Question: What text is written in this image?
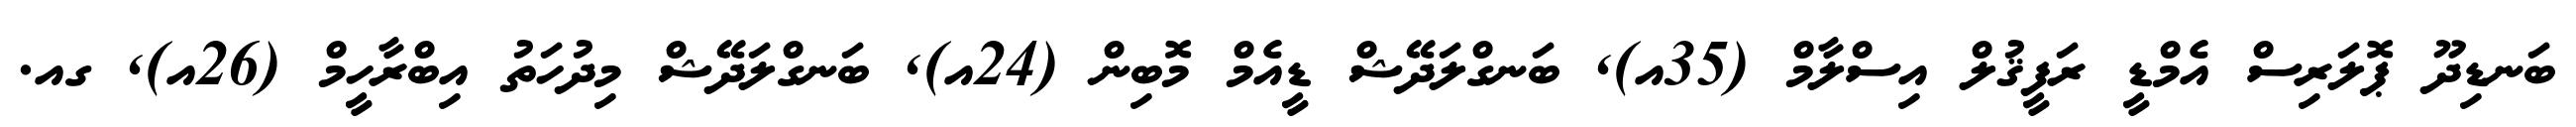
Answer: ބަނޑިދޫ ޕޮލަރިސް އެމްޑީ ރަފީޤުލް އިސްލާމް (35އ), ބަނގްލަދޭޝް ޑީއެމް މޮބިން (24އ), ބަނގްލަދޭޝް މިދުހަތު އިބްރާހީމް (26އ), ގއ.